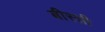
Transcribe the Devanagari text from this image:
बीस्ली